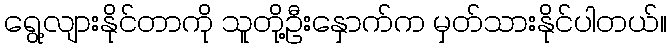
ရွေ့လျားနိုင်တာကို သူတို့ဦးနှောက်က မှတ်သားနိုင်ပါတယ်။